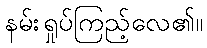
နမ်းရှုပ်ကြည့်လေ၏။